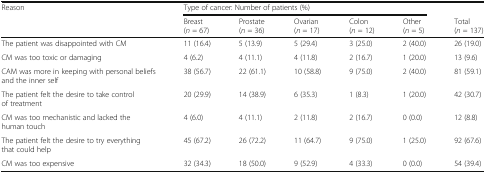
<table><thead><tr><td><b>Reason</b></td><td colspan="5"><b>Type of cancer: Number of patients (%)</b></td><td></td></tr><tr><td></td><td><b>Breast (<i>n</i> = 67)</b></td><td><b>Prostate (<i>n</i> = 36)</b></td><td><b>Ovarian (<i>n</i> = 17)</b></td><td><b>Colon (<i>n</i> = 12)</b></td><td><b>Other (<i>n</i> = 5)</b></td><td><b>Total (<i>n</i> = 137)</b></td></tr></thead><tbody><tr><td>The patient was disappointed with CM</td><td>11 (16.4)</td><td>5 (13.9)</td><td>5 (29.4)</td><td>3 (25.0)</td><td>2 (40.0)</td><td>26 (19.0)</td></tr><tr><td>CM was too toxic or damaging</td><td>4 (6.2)</td><td>4 (11.1)</td><td>4 (11.8)</td><td>2 (16.7)</td><td>1 (20.0)</td><td>13 (9.6)</td></tr><tr><td>CAM was more in keeping with personal beliefs and the inner self</td><td>38 (56.7)</td><td>22 (61.1)</td><td>10 (58.8)</td><td>9 (75.0)</td><td>2 (40.0)</td><td>81 (59.1)</td></tr><tr><td>The patient felt the desire to take control of treatment</td><td>20 (29.9)</td><td>14 (38.9)</td><td>6 (35.3)</td><td>1 (8.3)</td><td>1 (20.0)</td><td>42 (30.7)</td></tr><tr><td>CM was too mechanistic and lacked the human touch</td><td>4 (6.0)</td><td>4 (11.1)</td><td>2 (11.8)</td><td>2 (16.7)</td><td>0 (0.0)</td><td>12 (8.8)</td></tr><tr><td>The patient felt the desire to try everything that could help</td><td>45 (67.2)</td><td>26 (72.2)</td><td>11 (64.7)</td><td>9 (75.0)</td><td>1 (25.0)</td><td>92 (67.6)</td></tr><tr><td>CM was too expensive</td><td>32 (34.3)</td><td>18 (50.0)</td><td>9 (52.9)</td><td>4 (33.3)</td><td>0 (0.0)</td><td>54 (39.4)</td></tr></tbody></table>